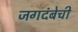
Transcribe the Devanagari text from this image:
जगदंबेची